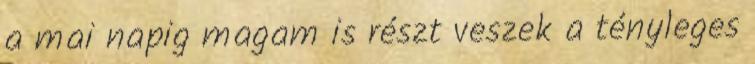
a mai napig magam is részt veszek a tényleges